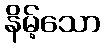
နိမ့်သော